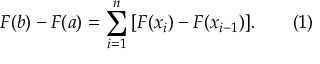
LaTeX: F ( b ) - F ( a ) = \sum _ { i = 1 } ^ { n } \, [ F ( x _ { i } ) - F ( x _ { i - 1 } ) ] . \qquad ( 1 )